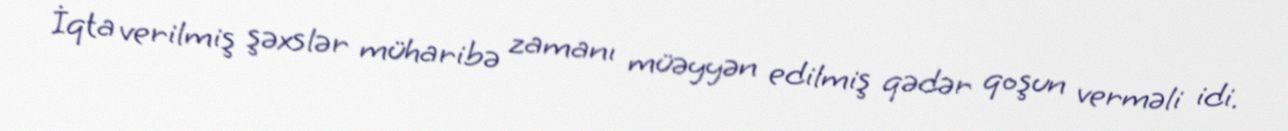
İqta verilmiş şəxslər müharibə zamanı müəyyən edilmiş qədər qoşun verməli idi.